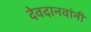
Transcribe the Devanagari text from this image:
देवदानवांनी